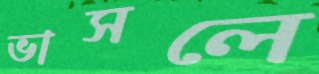
ভাসলে